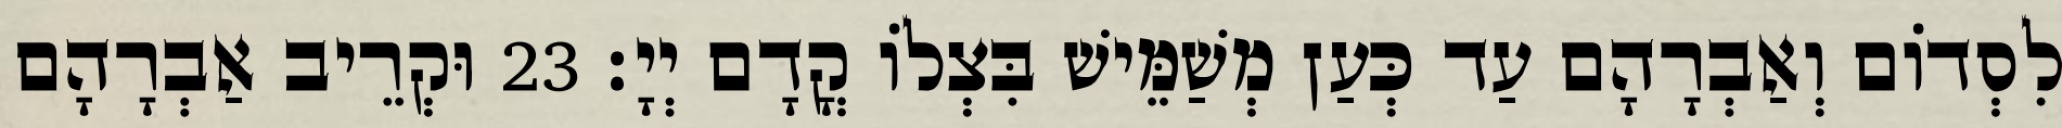
לִסְדוֹם וְאַבְרָהָם עַד כְּעַן מְשַׁמֵּישׁ בִּצְלוֹ קֳדָם יְיָ׃ 23 וּקְרֵיב אַבְרָהָם